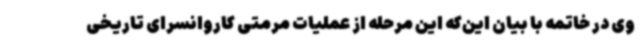
وی در خاتمه با بیان این‌که این مرحله از عملیات مرمتی کاروانسرای تاریخی